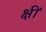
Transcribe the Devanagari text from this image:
क्षीं